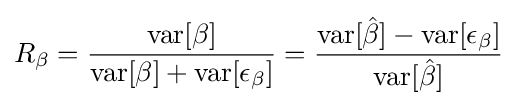
R_{\beta }={\frac {\operatorname {var} [\beta ]}{\operatorname {var} [\beta ]+\operatorname {var} [\epsilon _{\beta }]}}={\frac {\operatorname {var} [{\hat {\beta }}]-\operatorname {var} [\epsilon _{\beta }]}{\operatorname {var} [{\hat {\beta }}]}}